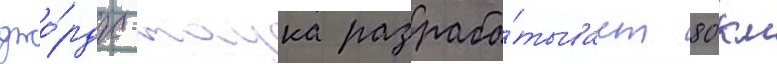
джо́рдж-тауна разраба́тывает 80 км